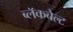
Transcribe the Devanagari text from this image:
ब्लॅकबेल्ट